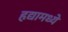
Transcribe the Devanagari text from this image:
हृद्यामध्ये